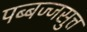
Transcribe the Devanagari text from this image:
पब्बज्जसुत्त